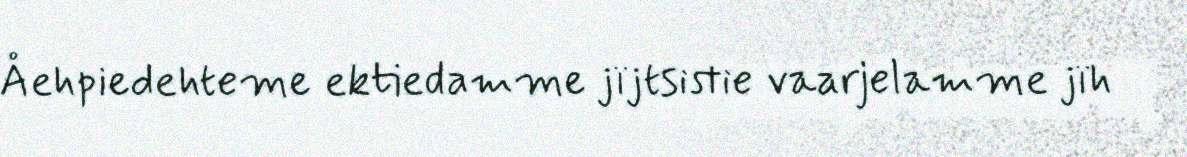
Åehpiedehteme ektiedamme jïjtsistie vaarjelamme jïh